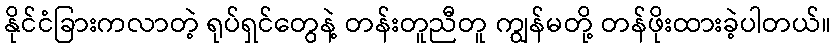
နိုင်ငံခြားကလာတဲ့ ရုပ်ရှင်တွေနဲ့ တန်းတူညီတူ ကျွန်မတို့ တန်ဖိုးထားခဲ့ပါတယ်။